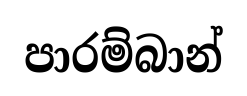
පාරම්බාන්